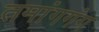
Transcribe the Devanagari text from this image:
तमांगगंग